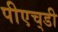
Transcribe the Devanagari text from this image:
पीएच्‌डी